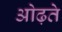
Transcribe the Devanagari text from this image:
ओढ़ते